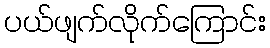
ပယ်ဖျက်လိုက်ကြောင်း